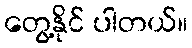
တွေ့နိုင် ပါတယ်။